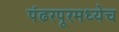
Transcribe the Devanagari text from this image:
पंढरपूरमध्येच